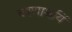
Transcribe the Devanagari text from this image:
चरणाश्रयिं